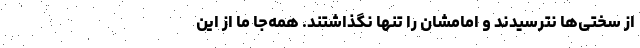
از سختی‌ها نترسیدند و امامشان را تنها نگذاشتند. همه‌جا ما از این